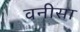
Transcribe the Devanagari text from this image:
वनीसा